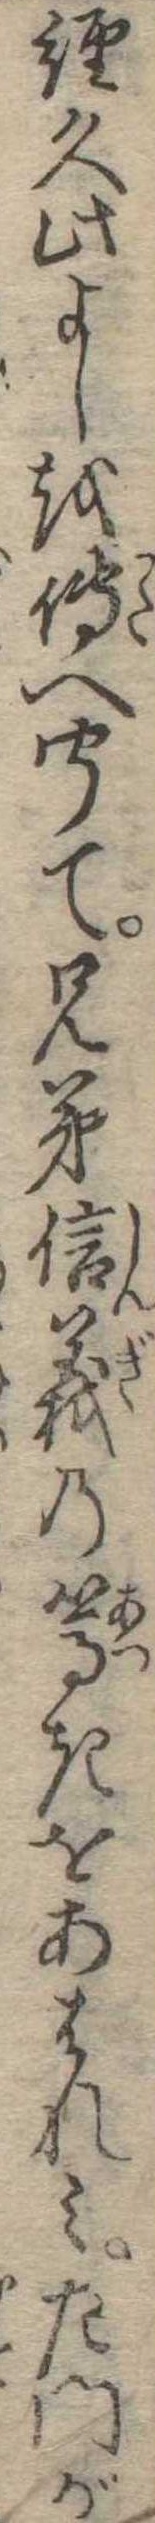
経久此よしを傅へ聞て兄弟信義の篤きをあはれみ左門が